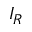
I _ { R }